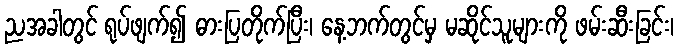
ညအခါတွင် ရုပ်ဖျက်၍ ဓားပြတိုက်ပြီး၊ နေ့ဘက်တွင်မှ မဆိုင်သူများကို ဖမ်းဆီးခြင်း၊